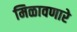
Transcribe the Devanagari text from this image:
मिळावणारे